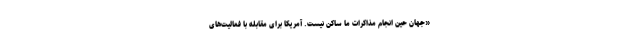
«جهان حین انجام مذاکرات ما ساکن نیست. آمریکا برای مقابله با فعالیت‌های